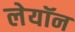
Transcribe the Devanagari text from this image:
लेयॉन